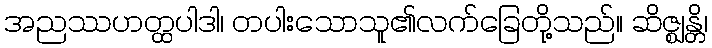
အညဿဟတ္ထပါဒါ၊ တပါးသောသူ၏လက်ခြေတို့သည်။ ဆိဇ္ဈန္တိ၊